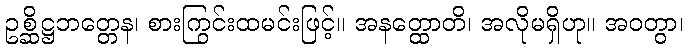
ဥစ္ဆိဋ္ဌဘတ္တေန၊ စားကြွင်းထမင်းဖြင့်။ အနတ္ထောတိ၊ အလိုမရှိဟု။ အဝတွာ၊